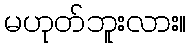
မဟုတ်ဘူးလား။